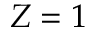
Z = 1